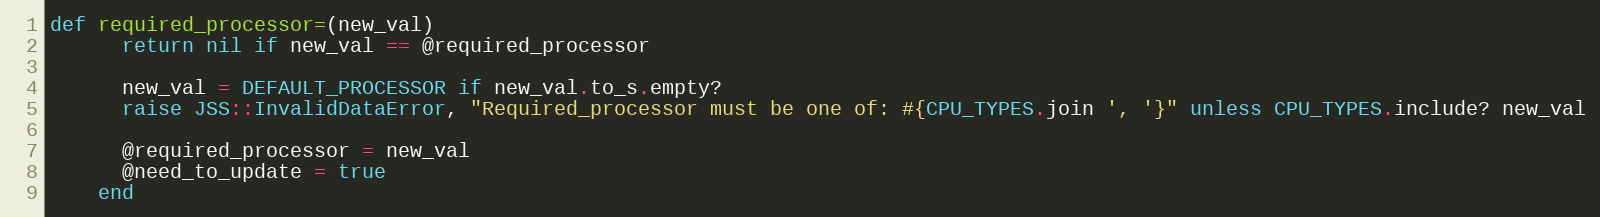
Language: Ruby
def required_processor=(new_val)
      return nil if new_val == @required_processor

      new_val = DEFAULT_PROCESSOR if new_val.to_s.empty?
      raise JSS::InvalidDataError, "Required_processor must be one of: #{CPU_TYPES.join ', '}" unless CPU_TYPES.include? new_val

      @required_processor = new_val
      @need_to_update = true
    end